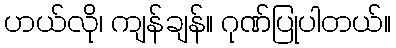
ဟယ်လို၊ ကျန်ချန်။ ဂုဏ်ပြုပါတယ်။